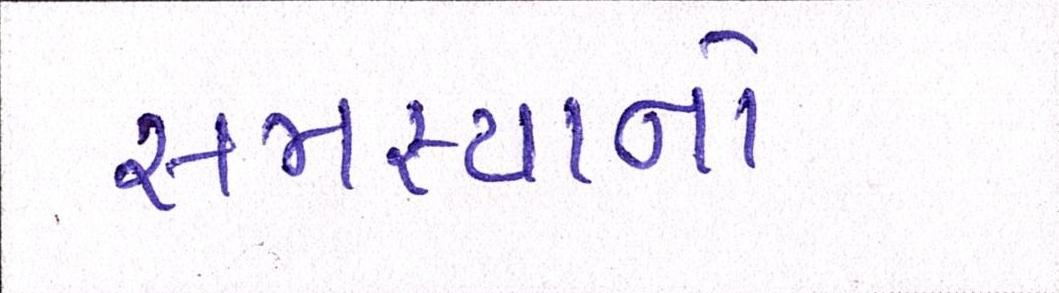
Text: સમસ્યાનો